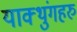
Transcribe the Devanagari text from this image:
याक्थुंगहरु